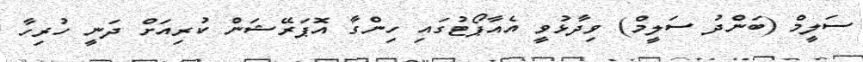
ސަލީމް (ބަންދު ސަލީމް) ވިދާޅުވީ އެއާޕޯޓުގައި ހިންގާ އޮޕަރޭޝަން ކުރިއަށް ދަނީ ހުރިހާ